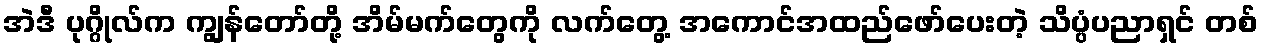
အဲဒီ ပုဂ္ဂိုလ်က ကျွန်တော်တို့ အိမ်မက်တွေကို လက်တွေ့ အကောင်အထည်ဖော်ပေးတဲ့ သိပ္ပံပညာရှင် တစ်